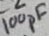
Text: 100pF